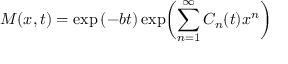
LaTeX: M ( x , t ) = \exp { ( - b t ) } \exp \biggl ( \sum _ { n = 1 } ^ { \infty } C _ { n } ( t ) x ^ { n } \biggr )